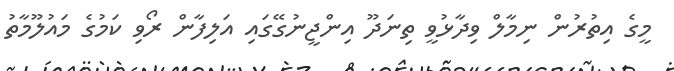
މީގެ އިތުރުން ނިމާލް ވިދާޅުވީ ތިނަދޫ އިންޖީނުގޭގައި އަލިފާން ރޯވި ކަމުގެ މައުލޫމާތު